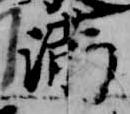
満